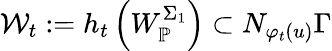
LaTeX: \mathcal{W}_{t}:=h_{t}\left(W_{\mathbb{P}}^{\Sigma_{1}}\right)\subset N_{\varphi_{t}(u)}\Gamma